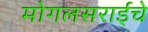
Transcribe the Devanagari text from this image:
मोगलसराईचे